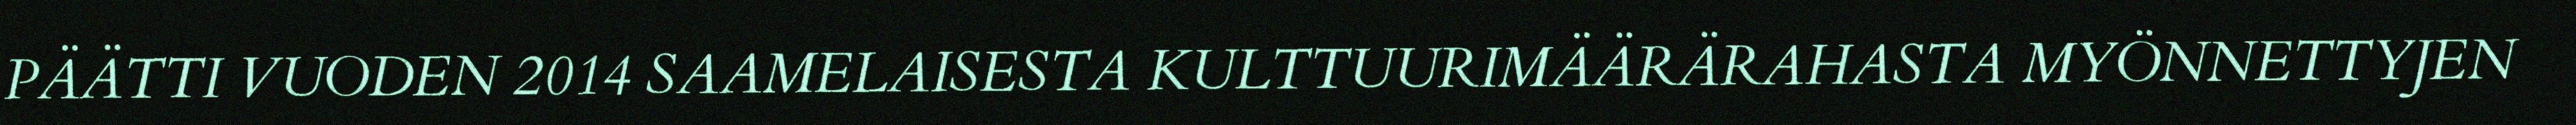
PÄÄTTI VUODEN 2014 SAAMELAISESTA KULTTUURIMÄÄRÄRAHASTA MYÖNNETTYJEN